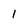
Character: 1